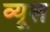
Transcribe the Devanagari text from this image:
व्यूल